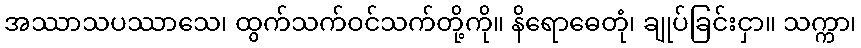
အဿာသပဿာသေ၊ ထွက်သက်ဝင်သက်တို့ကို။ နိရောဓေတုံ၊ ချုပ်ခြင်းငှာ။ သက္ကာ၊